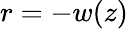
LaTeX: r=-w(z)